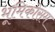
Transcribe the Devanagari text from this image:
भूमिकोसम